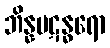
ဘိန္နပဋန္ဓရော